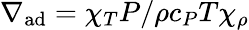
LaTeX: \nabla_{\mathrm{ad}}=\chi_{T}P/\rho c_{P}T\chi_{\rho}